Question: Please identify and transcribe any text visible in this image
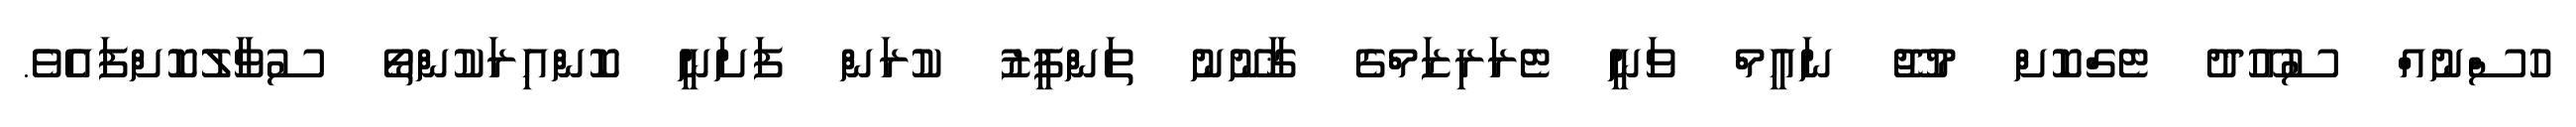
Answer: ހުސްނުއް ސުއޫދު ޓެގްކޮށް މުޖޫ ނައީމް ވަނީ ޓެރަރިޒަމްގެ ޤާނޫނު ތަންފީޒު ކުރަން ފަށަނީ ކޮންއިރަކުންތޯ ސުވާލުކޮށްފައެވެ.